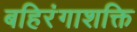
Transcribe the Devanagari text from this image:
बहिरंगाशक्ति